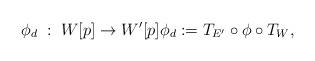
LaTeX: \begin{align*} \phi_d \; : \; W[p] \to W'[p] \phi_d := T_ {E'} \circ \phi \circ T_W, \end{align*}